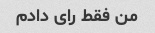
من فقط رای دادم